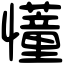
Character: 𢤦